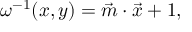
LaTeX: \omega ^ { - 1 } ( x , y ) = \vec { m } \cdot \vec { x } + 1 ,